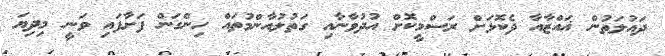
ދައުލަތުން ޣައްޒާއާ ދެކޮޅަށް ރަސްމީކޮށް އުދުވާނާއި ގަތުލުއާންމުތައް ހިންގަން ފަށާފައި ވަނީ މިދިޔަ